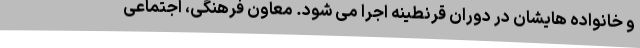
و خانواده هایشان در دوران قرنطینه اجرا می شود. معاون فرهنگی، اجتماعی